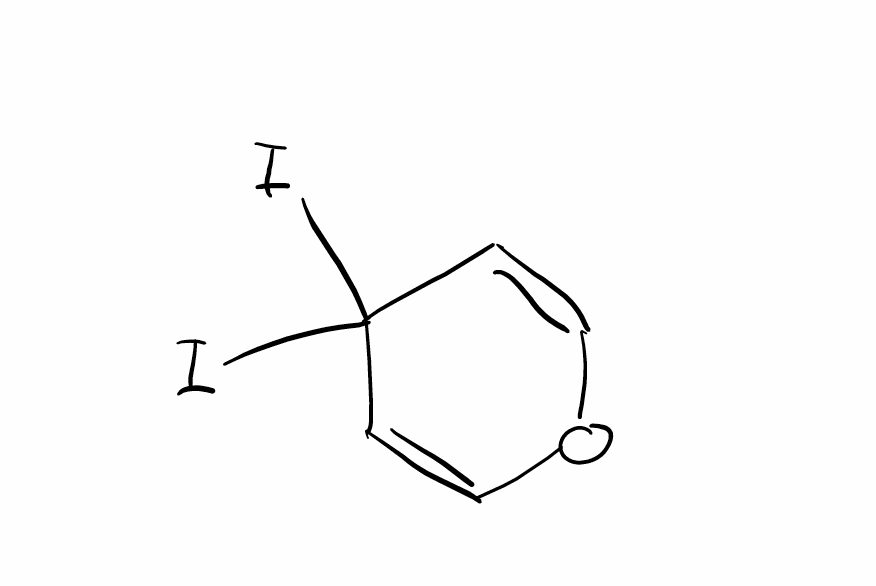
Simplified molecular-input line-entry system (SMILES) notation of the given molecule:
C1=COC=CC1(I)I